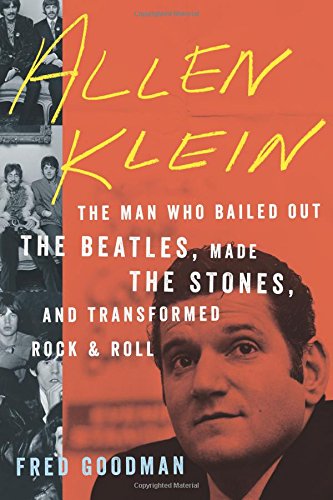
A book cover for Allen Klein: The Man Who Bailed Out the Beatles, Made the Stones, and Transformed Rock & Roll; Fred Goodman; Humor & Entertainment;